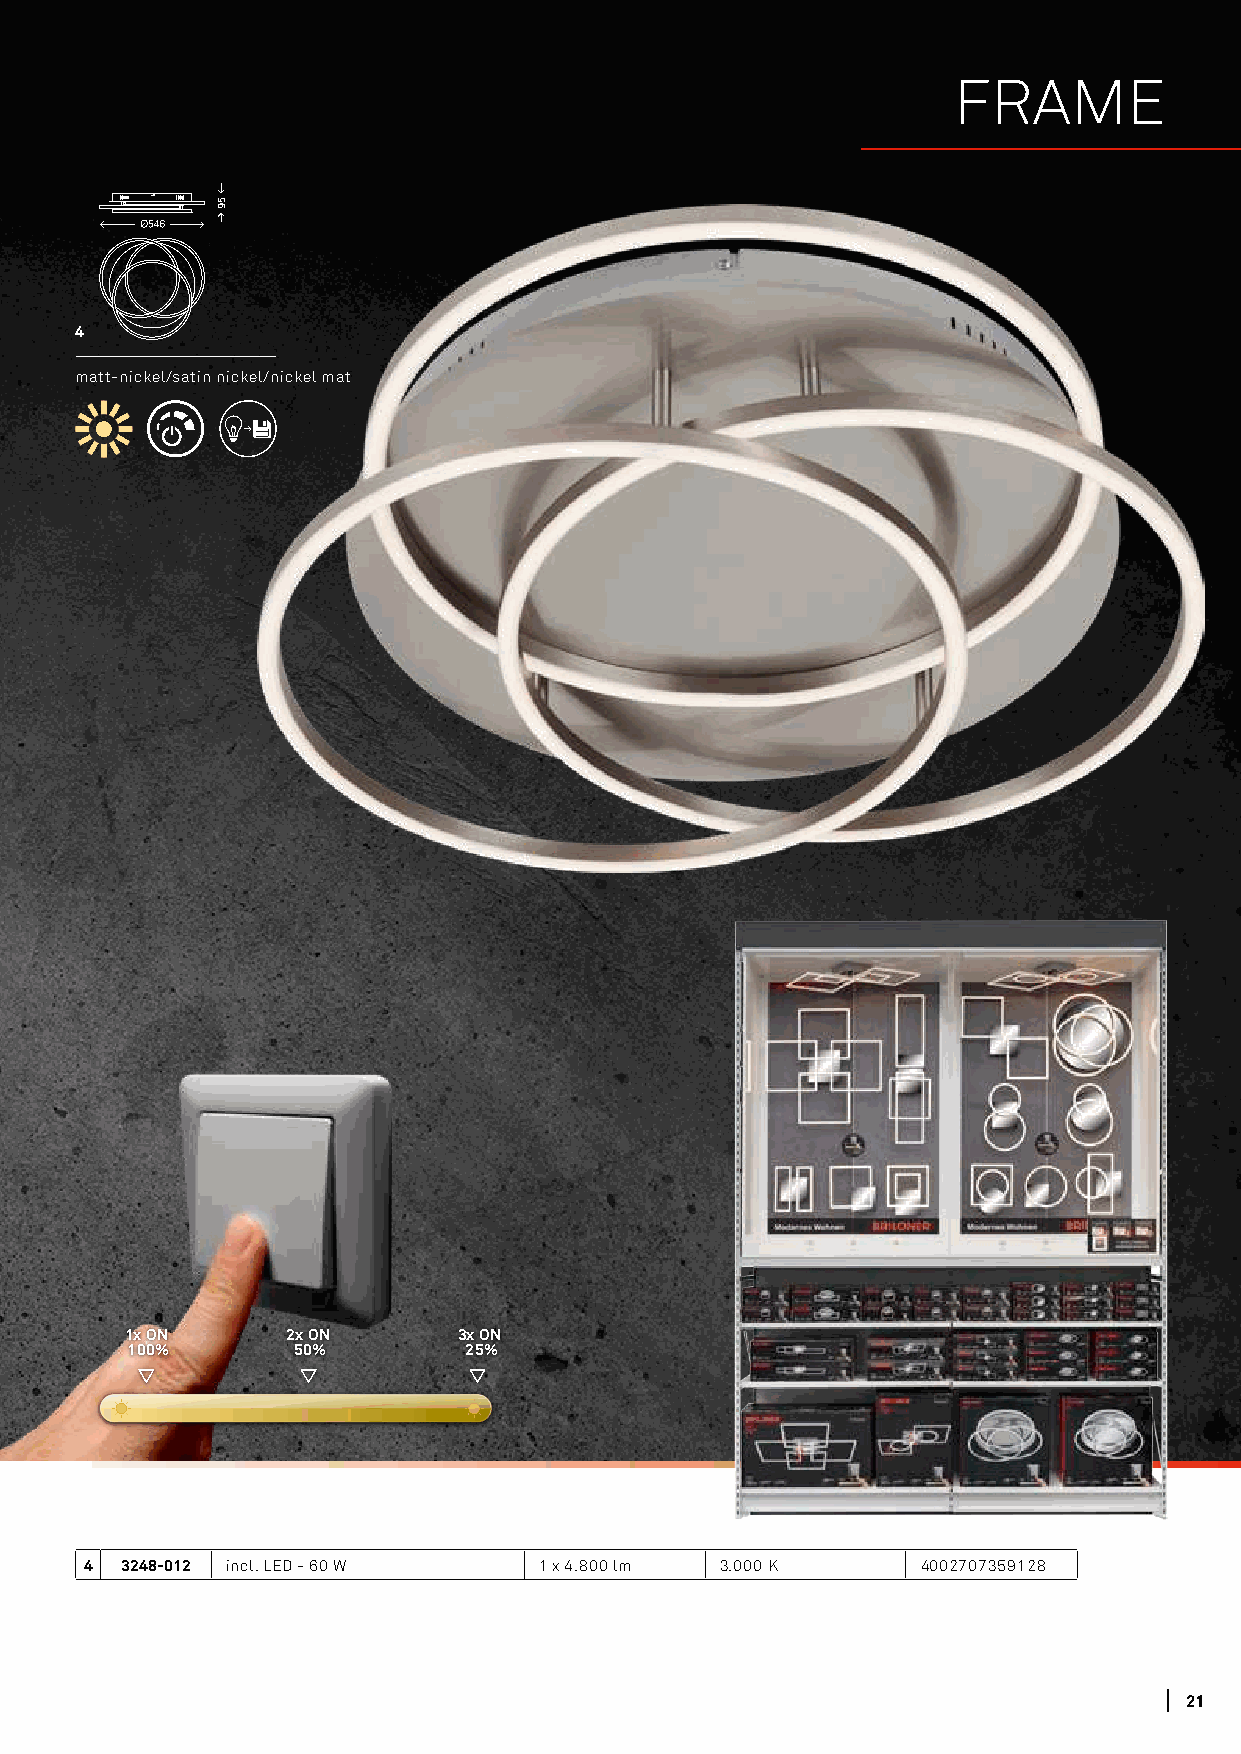
FRAME
 4
 matt-nickel/satin nickel/nickel mat
 1x ON      2x ON      3x ON
 100%       50%         25%
 4 3248-012 incl. LED - 60 W   1 x 4.800 lm 3.000 K     4002707359128
 2211